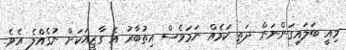
މިއީ ބަލައިގަންނަން ދަތި ކަމެއް ނަމަވެސް އިތުބާރު އެ ގާޒީއަކަށް ނުގެއްލެ އެވެ.